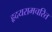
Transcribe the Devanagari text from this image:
हृदयरामचरित